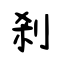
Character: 刹